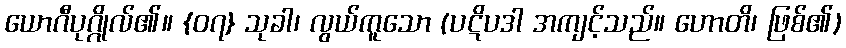
ယောဂီပုဂ္ဂိုလ်၏။ {၀၇} သုခါ၊ လွယ်ကူသော (ပဋိပဒါ အကျင့်သည်။ ဟောတိ၊ ဖြစ်၏)